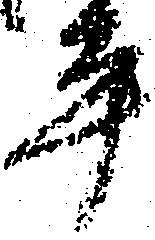
平